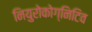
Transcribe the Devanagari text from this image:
नियुरोकोग्निटिव